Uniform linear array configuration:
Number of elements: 24
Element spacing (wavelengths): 0.5
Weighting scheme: uniform
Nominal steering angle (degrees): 30
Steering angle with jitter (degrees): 31.627
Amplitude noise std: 0.05
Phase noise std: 0.05

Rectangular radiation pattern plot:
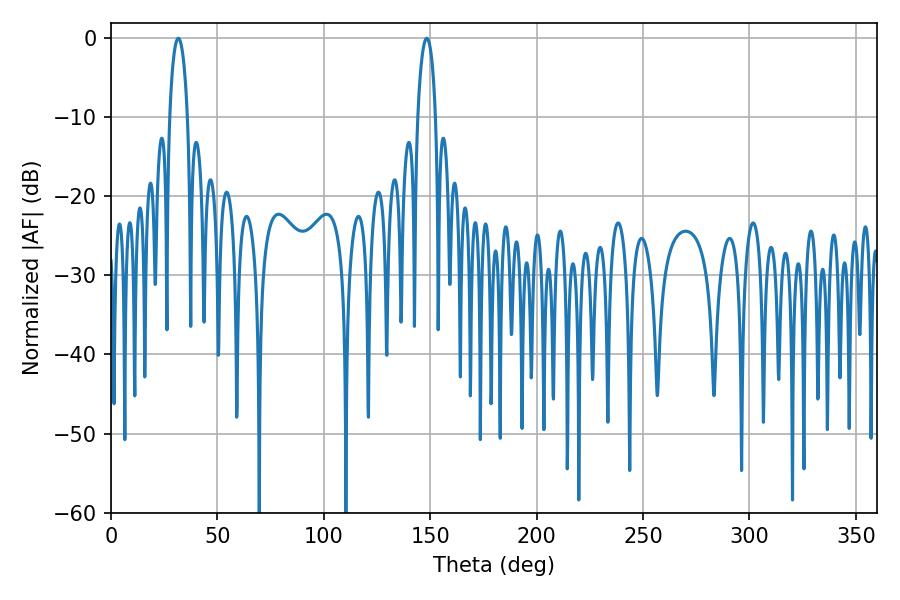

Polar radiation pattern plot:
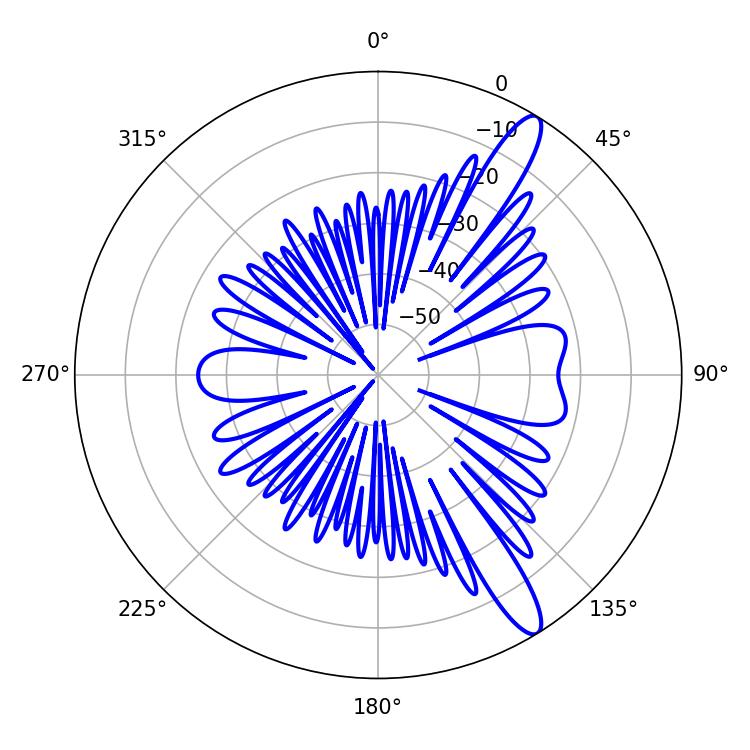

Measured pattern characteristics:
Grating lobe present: FALSE
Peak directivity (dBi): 12.921
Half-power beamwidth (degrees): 4.68
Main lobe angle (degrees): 31.68